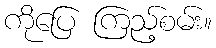
ကိုပြေ ကြည့်စမ်း။